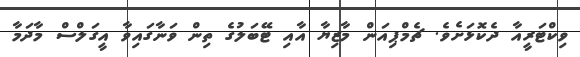
ވިކްޓަރީއާ ދެކޮޅަށެވެ. ޗެމްޕިއަން މާޒިޔާ އާއި ޓޭބަލުގެ ތިން ވަނާގައިވާ އީގަލްސް މާދަމާ